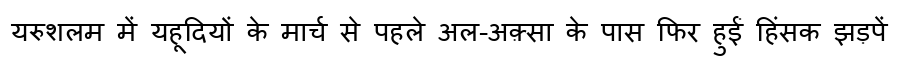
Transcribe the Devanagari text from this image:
यरुशलम में यहूदियों के मार्च से पहले अल-अक़्सा के पास फिर हुईं हिंसक झड़पें